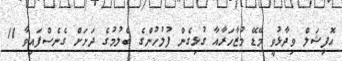
އޮފިޝަލް ވިދާޅުވީ މޭޑޭ މުޒާހަރާއާ ގުޅިގެން ފުލުހުންގެ ބެލުމުގެ ދަށަށް ގެނެސްފައިވާ 11